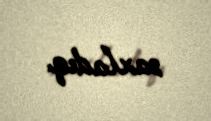
saxladıq.